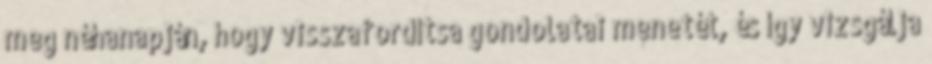
meg néhanapján, hogy visszafordítsa gondolatai menetét, és így vizsgálja